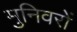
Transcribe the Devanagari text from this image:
मुनिवरों